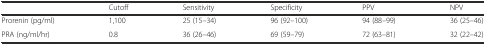
<table><thead><tr><td></td><td><b>Cutoff</b></td><td><b>Sensitivity</b></td><td><b>Specificity</b></td><td><b>PPV</b></td><td><b>NPV</b></td></tr></thead><tbody><tr><td>Prorenin (pg/ml)</td><td>1,100</td><td>25 (15–34)</td><td>96 (92–100)</td><td>94 (88–99)</td><td>36 (25–46)</td></tr><tr><td>PRA (ng/ml/hr)</td><td>0.8</td><td>36 (26–46)</td><td>69 (59–79)</td><td>72 (63–81)</td><td>32 (22–42)</td></tr></tbody></table>